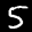
Label: 5